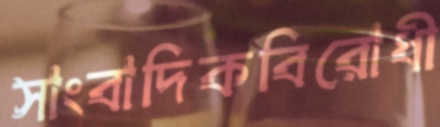
সাংবাদিকবিরোধী